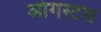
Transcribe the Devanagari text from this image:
ओगस्टस